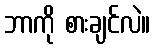
ဘာကို စားချင်လဲ။